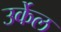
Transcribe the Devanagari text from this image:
उर्केल